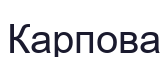
Карпова